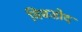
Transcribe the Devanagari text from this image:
विबडोद